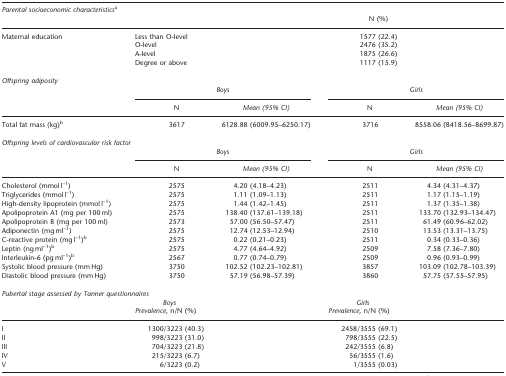
<table><thead><tr><td colspan="5"><b><i>Parental socioeconomic characteristics</i>a</b></td></tr><tr><td><b> </b></td><td><b> </b></td><td><b> </b></td><td><b>N (%)</b></td><td><b> </b></td></tr></thead><tbody><tr><td>Maternal education</td><td>Less than O-level</td><td> </td><td>1577 (22.4)</td><td> </td></tr><tr><td> </td><td>O-level</td><td> </td><td>2476 (35.2)</td><td> </td></tr><tr><td> </td><td>A-level</td><td> </td><td>1875 (26.6)</td><td> </td></tr><tr><td> </td><td>Degree or above</td><td> </td><td>1117 (15.9)</td><td> </td></tr><tr><td> </td><td> </td><td> </td><td> </td><td> </td></tr><tr><td colspan="5"><i>Offspring adiposity</i></td></tr><tr><td> </td><td colspan="2"><i>Boys</i></td><td colspan="2"><i>Girls</i></td></tr><tr><td> </td><td>N</td><td><i>Mean (95% CI)</i></td><td>N</td><td><i>Mean (95% CI)</i></td></tr><tr><td>Total fat mass (kg)b</td><td>3617</td><td>6128.88 (6009.95–6250.17)</td><td>3716</td><td>8558.06 (8418.56–8699.87)</td></tr><tr><td> </td><td> </td><td> </td><td> </td><td> </td></tr><tr><td colspan="5"><i>Offspring levels of cardiovascular risk factor</i></td></tr><tr><td> </td><td colspan="2"><i>Boys</i></td><td colspan="2"><i>Girls</i></td></tr><tr><td> </td><td>N</td><td><i>Mean (95% CI)</i></td><td>N</td><td><i>Mean (95% CI)</i></td></tr><tr><td>Cholesterol (mmol l<sup>–1</sup>)</td><td>2575</td><td>4.20 (4.18–4.23)</td><td>2511</td><td>4.34 (4.31–4.37)</td></tr><tr><td>Triglycerides (mmol l<sup>–1</sup>)</td><td>2575</td><td>1.11 (1.09–1.13)</td><td>2511</td><td>1.17 (1.15–1.19)</td></tr><tr><td>High-density lipoprotein (mmol l<sup>–1</sup>)</td><td>2575</td><td>1.44 (1.42–1.45)</td><td>2511</td><td>1.37 (1.35–1.38)</td></tr><tr><td>Apolipoprotein A1 (mg per 100 ml)</td><td>2575</td><td>138.40 (137.61–139.18)</td><td>2511</td><td>133.70 (132.93–134.47)</td></tr><tr><td>Apolipoprotein B (mg per 100 ml)</td><td>2573</td><td>57.00 (56.50–57.47)</td><td>2511</td><td>61.49 (60.96–62.02)</td></tr><tr><td>Adiponectin (mg ml<sup>–1</sup>)</td><td>2575</td><td>12.74 (12.53–12.94)</td><td>2510</td><td>13.53 (13.31–13.75)</td></tr><tr><td>C-reactive protein (mg l<sup>–1</sup>)b</td><td>2575</td><td>0.22 (0.21–0.23)</td><td>2511</td><td>0.34 (0.33–0.36)</td></tr><tr><td>Leptin (ng ml<sup>–1</sup>)b</td><td>2575</td><td>4.77 (4.64–4.92)</td><td>2509</td><td>7.58 (7.36–7.80)</td></tr><tr><td>Interleukin-6 (pg ml<sup>–1</sup>)b</td><td>2567</td><td>0.77 (0.74–0.79)</td><td>2509</td><td>0.96 (0.93–0.99)</td></tr><tr><td>Systolic blood pressure (mm Hg)</td><td>3750</td><td>102.52 (102.23–102.81)</td><td>3857</td><td>103.09 (102.78–103.39)</td></tr><tr><td>Diastolic blood pressure (mm Hg)</td><td>3750</td><td>57.19 (56.98–57.39)</td><td>3860</td><td>57.75 (57.55–57.95)</td></tr><tr><td> </td><td> </td><td> </td><td> </td><td> </td></tr><tr><td colspan="5"><i>Pubertal stage assessed by Tanner questionnaires</i></td></tr><tr><td> </td><td><i>Boys</i></td><td> </td><td><i>Girls</i></td><td> </td></tr><tr><td> </td><td><i>Prevalence</i>, n/N (%)</td><td> </td><td><i>Prevalence</i>, n/N (%)</td><td> </td></tr><tr><td>I</td><td>1300/3223 (40.3)</td><td> </td><td>2458/3555 (69.1)</td><td> </td></tr><tr><td>II</td><td>998/3223 (31.0)</td><td> </td><td>798/3555 (22.5)</td><td> </td></tr><tr><td>III</td><td>704/3223 (21.8)</td><td> </td><td>242/3555 (6.8)</td><td> </td></tr><tr><td>IV</td><td>215/3223 (6.7)</td><td> </td><td>56/3555 (1.6)</td><td> </td></tr><tr><td>V</td><td>6/3223 (0.2)</td><td> </td><td>1/3555 (0.03)</td><td> </td></tr></tbody></table>